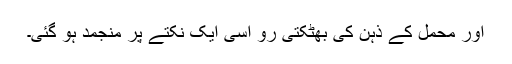
اور محمل کے ذہن کی بھٹکتی رو اسی ایک نکتے پر منجمد ہو گئی۔